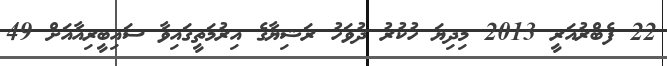
22 ފެބްރުއަރީ 2013 މިދިޔަ ހުކުރު ދުވަހު ރަޝިޔާގެ އިރުމަތީގައިވާ ސައިބީރިއާއަށް 49